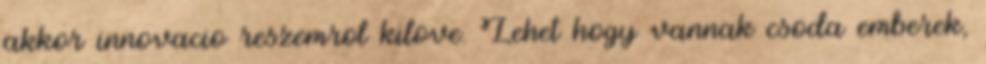
akkor innovacio reszemrol kilove. Lehet hogy vannak csoda emberek,